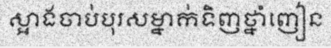
ស្អាងចាប់បុរសម្នាក់ទិញថ្នាំញៀន